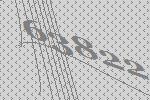
63822